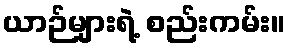
ယာဉ်များရဲ့ စည်းကမ်း။